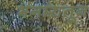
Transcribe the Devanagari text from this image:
भंगारातून